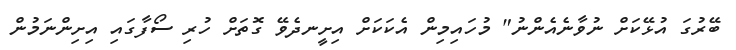
ބޭރުގަ އުޅޭކަށް ނުވާނެއެންނު" މުހައިމިން އެކަކަށް އިށީނދެވޭ ގޮތަށް ހުރި ސޯފާގައި އިށިންނަމުން